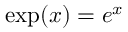
\exp ( x ) = e ^ { x }